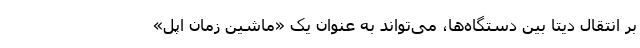
بر انتقال دیتا بین دستگاه‌ها، می‌تواند به عنوان یک «ماشین زمان اپل»